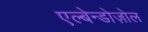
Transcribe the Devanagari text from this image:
एल्बेन्डोज़ोल